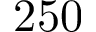
2 5 0